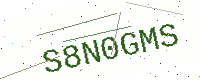
Text: S8N0GMS